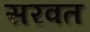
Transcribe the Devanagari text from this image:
सरवत